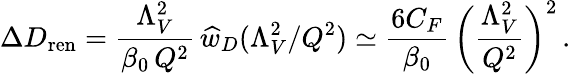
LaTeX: \Delta D_{\mathrm{ren}}={\frac{\Lambda_{V}^{2}}{\beta_{0}\, Q^{2}}}\, \widehat w_{D}(\Lambda_{V}^{2}/Q^{2})\simeq{\frac{6C_{F}}{\beta_{0}}}\, \bigg({\frac{\Lambda_{V}^{2}}{Q^{2}}}\bigg)^{2}\, .